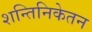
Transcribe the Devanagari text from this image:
शन्तिनिकेतन